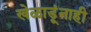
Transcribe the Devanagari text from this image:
खेळाडूंनाही